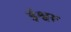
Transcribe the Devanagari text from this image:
ईश्वरू